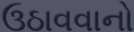
ઉઠાવવાનો